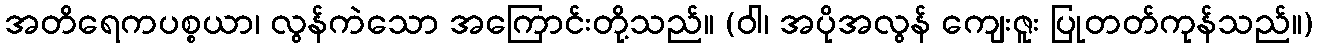
အတိရေကပစ္စယာ၊ လွန်ကဲသော အကြောင်းတို့သည်။ (ဝါ၊ အပိုအလွန် ကျေးဇူး ပြုတတ်ကုန်သည်။)